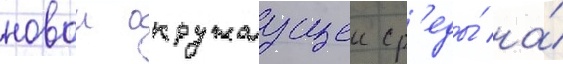
новои окружаущеи ср'еды́ на́